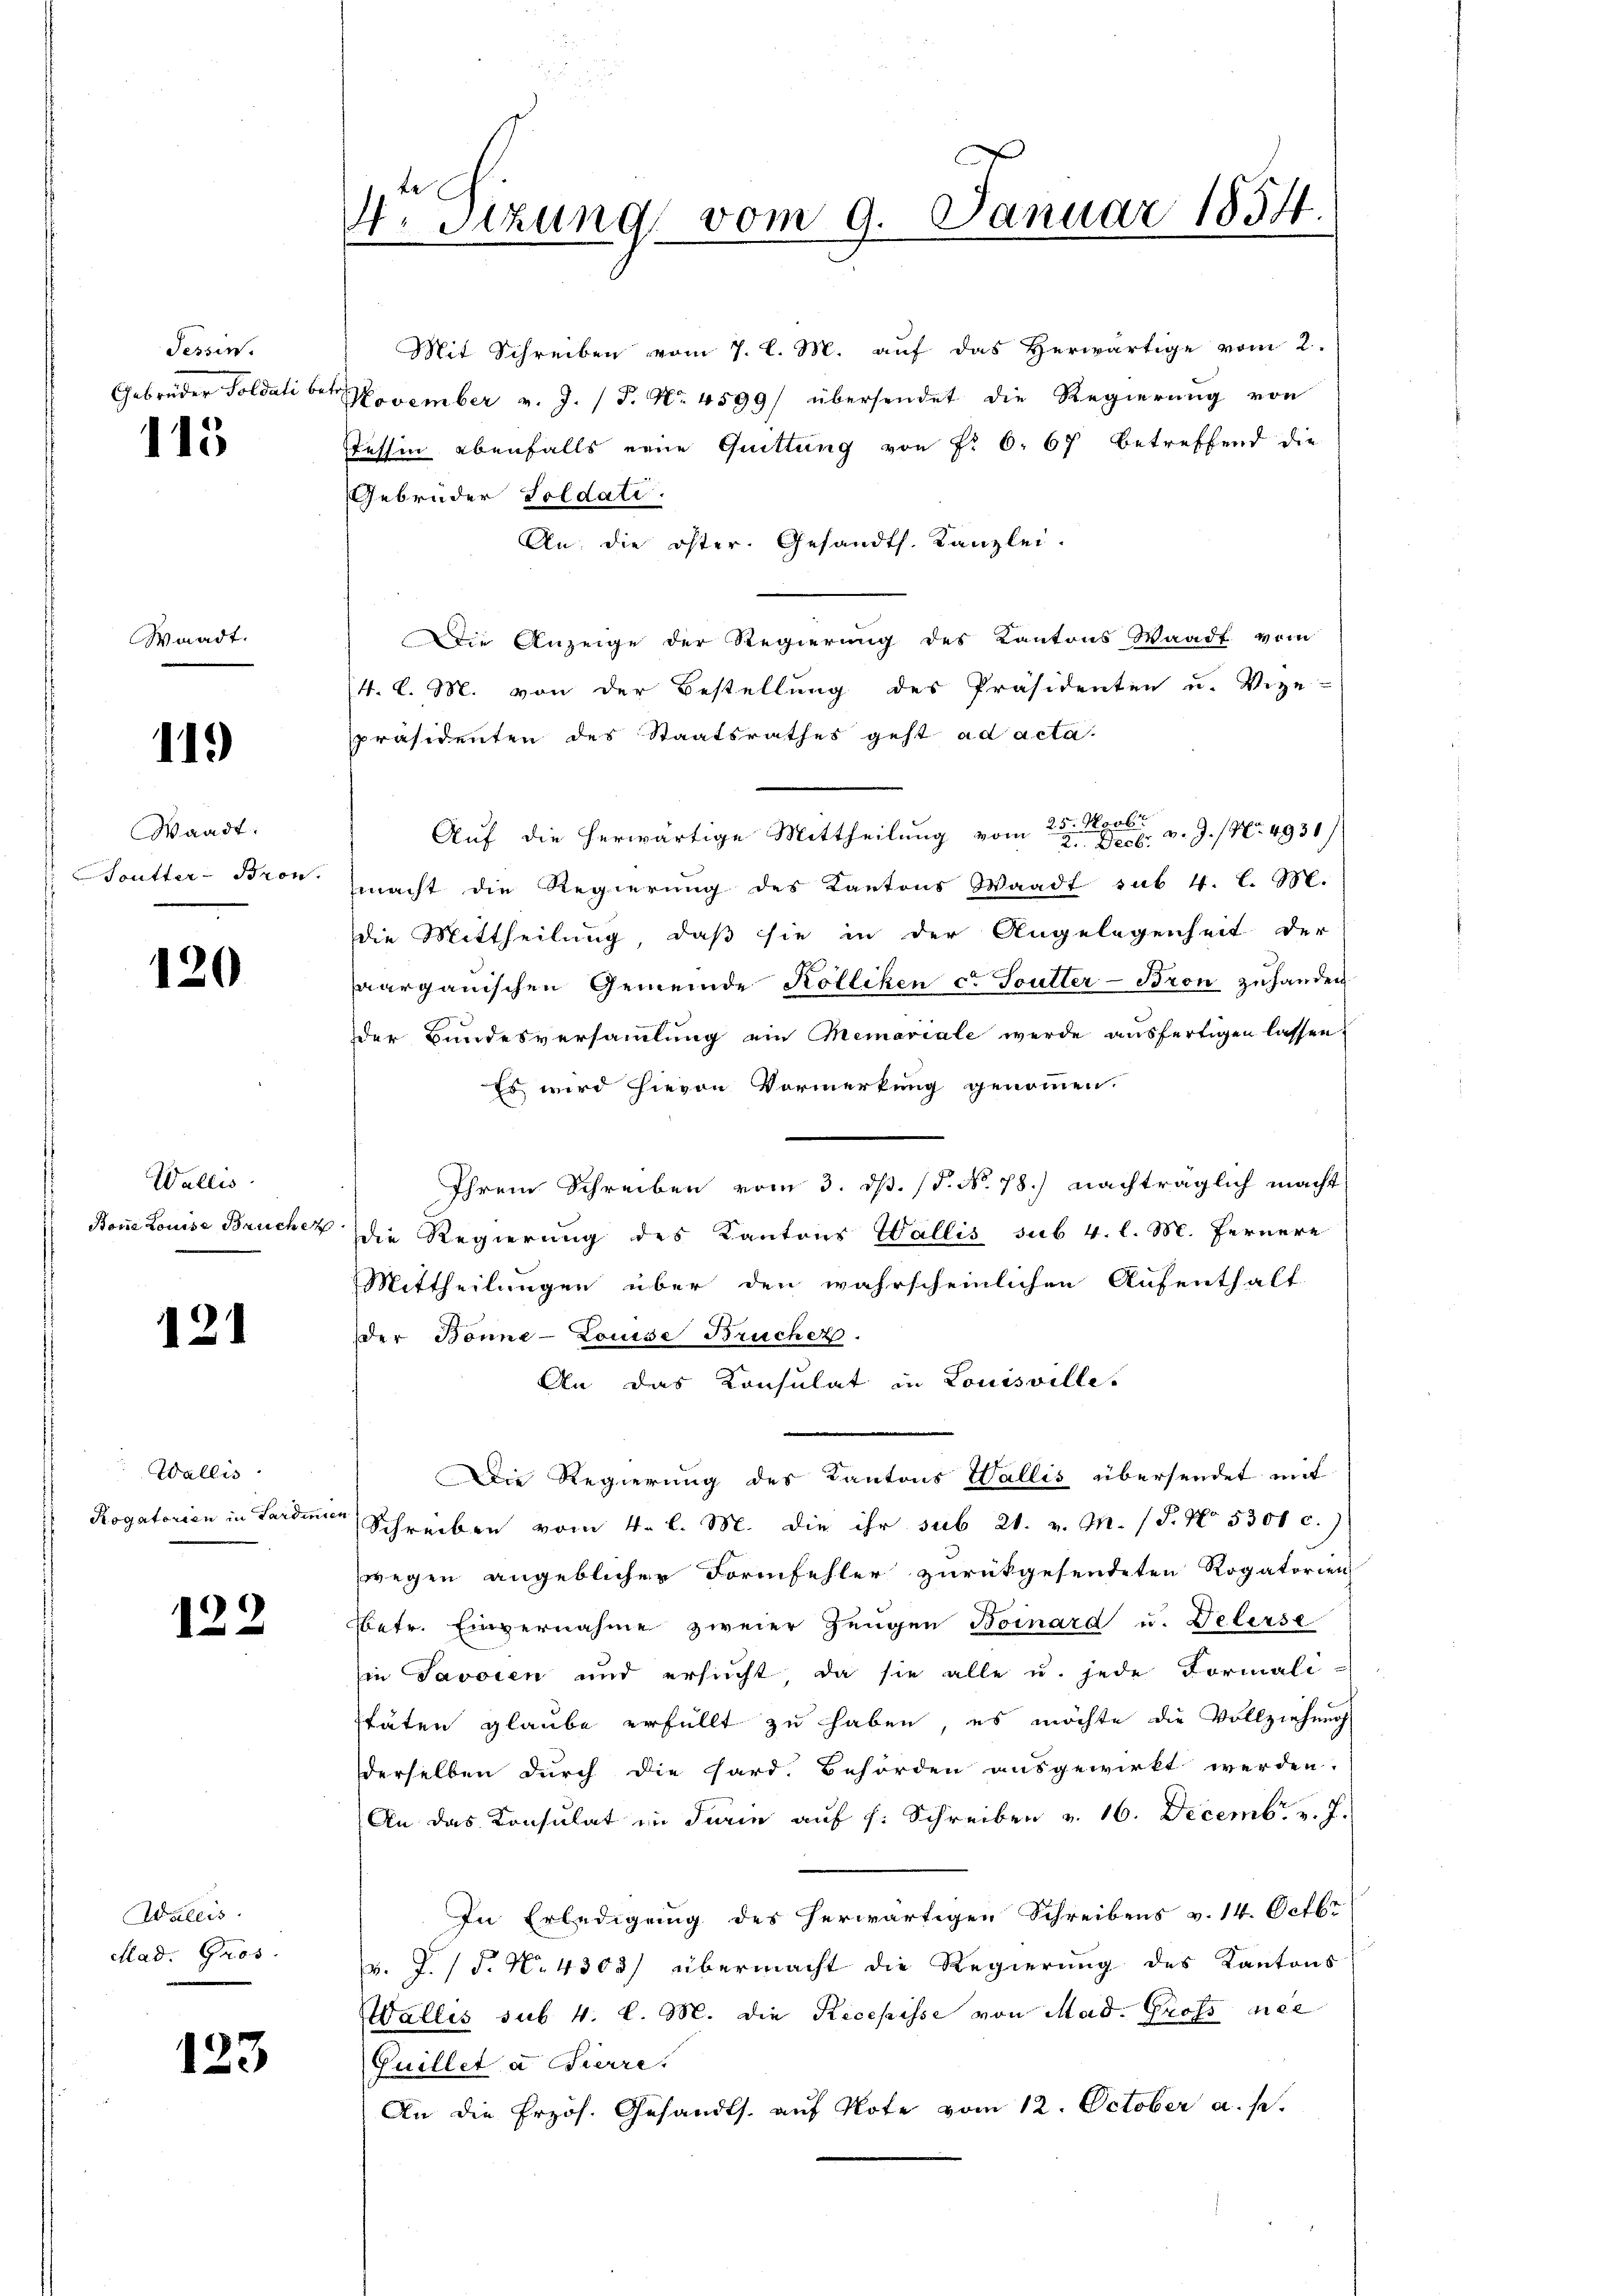
Tessin.
Gebrüder Soldati be¬

113

Waadt.

119

Waadt:
outter-Bron.

120

Wallis
Bone Louise Bruch e

121

Wallis
Rogatorien in Sardinie

122

Wallis.
Mad. Gros

123

4. Sizung vom 9. Januar 1834.
.

Mit Schreiben vom 7. l. M. auf das Herwärtige vom 2.
November v. J. (T. No 4599/ übersendet die Regierung von
Tessin ebenfalls eine Quittung von Fr. 6. 67 betreffend die
Gebrüder Soldati
An die öster. Gesandts. Kanzlei.
Die Anzeige der Regierung des Kantons Waadt vom
(4. l. M. von der Bestellung des Präsidenten u. Vize-
präsidenten des Staatsrathes geht ad acta.
25. Novbr
Auf die herwärtige Mittheilung vom 2. Hr. v. J. Nr. 4931)
macht die Regierung des Kantons Waadt sub. 4. l. M.
die Mittheilung, daß sie in der Angelegenheit der
aargauischen Gemeinde Kolliken c. Toutter-Bron zuhanden
der Bundesversammlung ein Memoriale werde ausfertigen lassen,
Es wird hievon Vormerkung genommen.
Ihrem Schreiben vom 3. ds. (T. N. 78) nachträglich macht
die Regierung des Kantons Wallis sub 4. l. M. Fernere
Mittheilungen über den wahrscheinlichen Aufenthalt
der Bonne-Louise Brücher.
An das Konsulat in Louisville.
Die Regierung des Kantons Wallis übersendet mit
Schreiben vom 4. l. M. die ihr sub 21. v. M. (T. No. 5301 c.)
wegen angeblicher Formfehler zurückgesendeten Rogatorien
bbetr. Einvernahme zweier Zeugen Boinard u. Delerse
in Javoren und ersucht, da sie alle u. jede Formali-
täten glaube erfüllt zu haben, es möchte die Vollziehung
derselben durch die Sard. Behörden ausgewirkt werden.
An das Konsulat in Turin auf s. Schreiben v. 16. Decembr. v. J.
In Erledigung des herwärtigen Schreibens v. 14. Octbr
. J. P. No 4300) übermacht die Regierung des Kantons
Wallis sub. 4. l. M. die Recepisse von Mad. Gross mee
Guillet a Gierre
An die frzös. Gesandts. aŭf Note vom 12. October a. p.